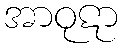
အာဝုဋာ